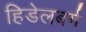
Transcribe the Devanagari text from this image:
हिडेलबर्ग